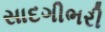
સાદગીભરી